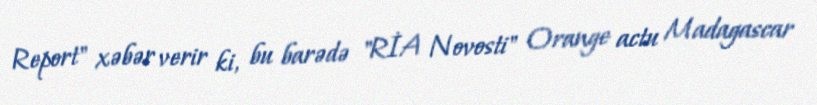
Report" xəbər verir ki, bu barədə "RİA Novosti" Orange actu Madagascar